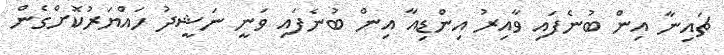
ޗައިނާ އިން ބުނެފައި ވާއިރު އިންޑިއާ އިން ބުނެފައި ވަނީ ނަޝީދު ހައްޔަރުކޮށްގެން